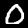
Label: 0